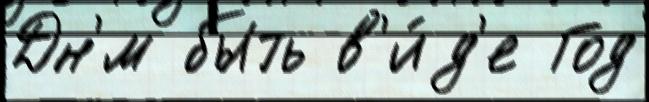
Дн'́м быть в'и́д'е Год